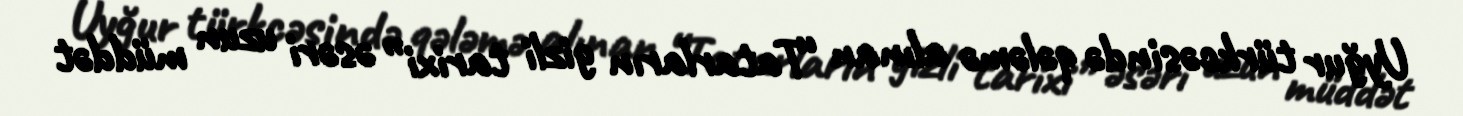
Uyğur türkcəsində qələmə alınan “Tatarların gizli tarixi” əsəri uzun müddət